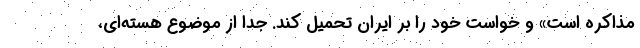
مذاکره است» و خواست خود را بر ایران تحمیل کند. جدا از موضوع هسته‌ای،